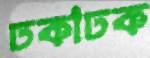
ঢকাঢক